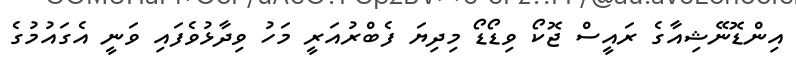
އިންޑޮނޭޝިއާގެ ރައީސް ޖޮކޯ ވިޑޯޑޯ މިދިޔަ ފެބްރުއަރީ މަހު ވިދާޅުވެފައި ވަނީ އެގައުމުގެ